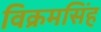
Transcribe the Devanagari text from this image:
विक्रमसिंह